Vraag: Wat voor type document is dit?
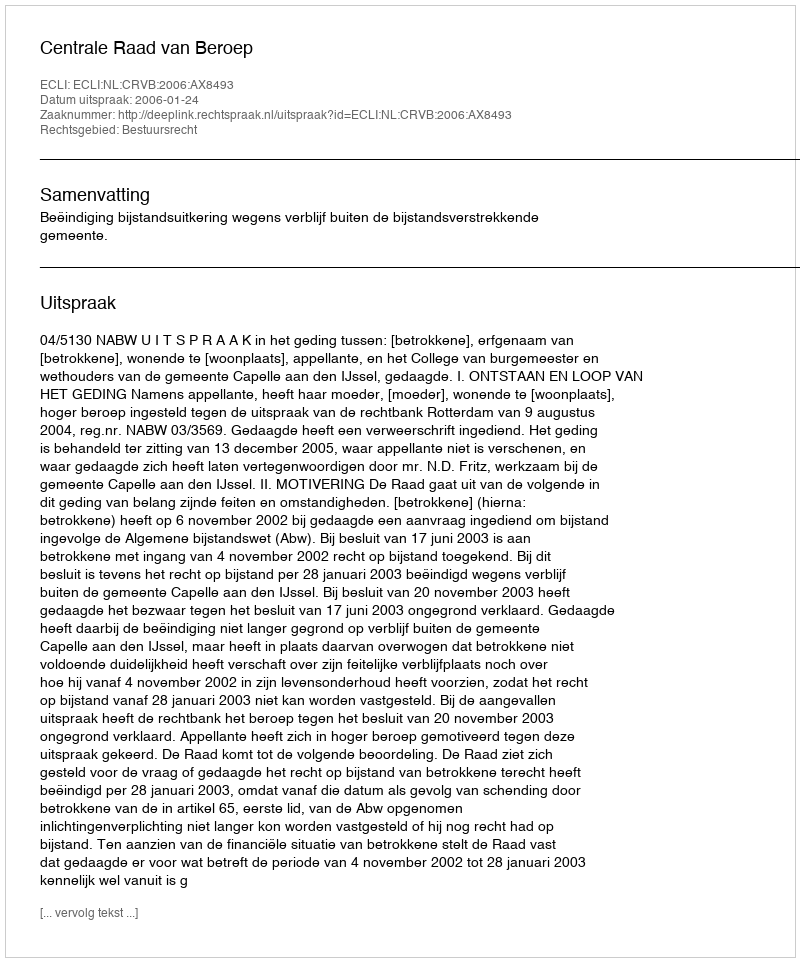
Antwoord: Uitspraak